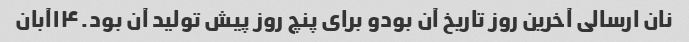
نان ارسالی آخرین روز تاریخ آن بودو برای پنچ روز پیش تولید آن بود.۱۴آبان